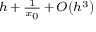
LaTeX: \scriptstyle h \, + \, { \frac { 1 } { x _ { 0 } } } \, + \, O \left( h ^ { 3 } \right)